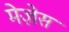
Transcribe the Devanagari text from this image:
मेज़ेस